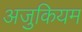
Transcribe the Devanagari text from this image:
अजुकियम